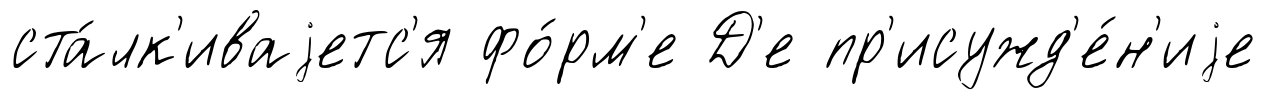
ста́лк'иваjетс'я фо́рм'е Д'е пр'исужд'е́н'иjе